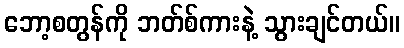
ဘော့စတွန်ကို ဘတ်စ်ကားနဲ့ သွားချင်တယ်။